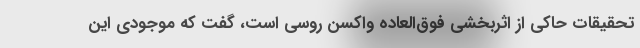
تحقیقات حاکی از اثربخشی فوق‌العاده واکسن روسی است، گفت که موجودی این